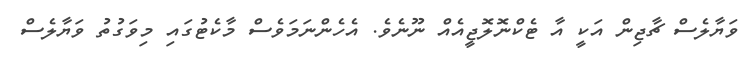
ވަޔާލެސް ޗާޖިން އަކީ އާ ޓެކްނޮލޮޖީއެއް ނޫނެވެ. އެހެންނަމަވެސް މާކެޓުގައި މިވަގުތު ވަޔާލެސް